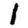
Digit: 1